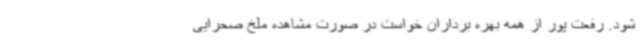
شود. رفعت پور از همه بهره برداران خواست در صورت مشاهده ملخ صحرایی